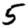
Digit: 5